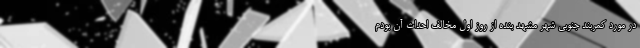
در مورد کمربند جنوبی شهر مشهد بنده از روز اول مخالف احداث آن بودم